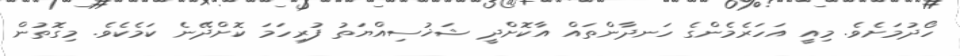
ހޯދުމަށެވެ. މިއީ އަހަރެމެންގެ ހަނދާންތައް އާކޮށްދީ ޝަޚުސިއްޔަތު ފުރިހަމަ ކޮށްދޭނެ ކަމެކެވެ. މިގޮތުން